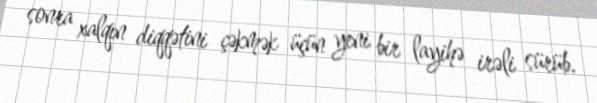
sonra xalqın diqqətini çəkmək üçün yeni bir layihə irəli sürüb.